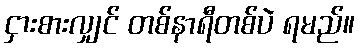
ငှားစားလျှင် တစ်နာရီတစ်ပဲ ရမည်။